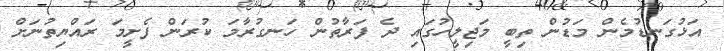
އަޅުގަނޑުމެން މަޑުން ތިބީ މަޖިލީހުގައި ދެ ފަރާތުން ހަނގުރާމަ ކުރަން ފެށީމަ ރައްޔިތުނަށް